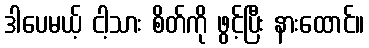
ဒါပေမယ့် ငါ့သား စိတ်ကို ဖွင့်ပြီး နားထောင်။